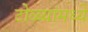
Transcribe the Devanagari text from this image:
टोळ्यांमध्ये